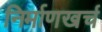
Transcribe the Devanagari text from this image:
निर्माणखर्च